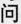
问